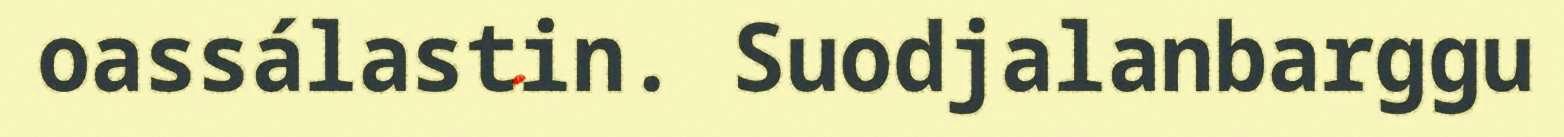
oassálastin. Suodjalanbarggu